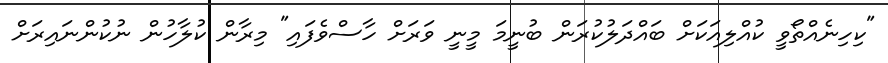
"ކިހިނެއްތޯވީ ކުއްލިއަކަށް ބައްދަލުކުރަން ބުނީމަ މީނީ ވަރަށް ހާސްވެފައި" މިރާން ކުލާހުން ނުކުންނައިރަށް